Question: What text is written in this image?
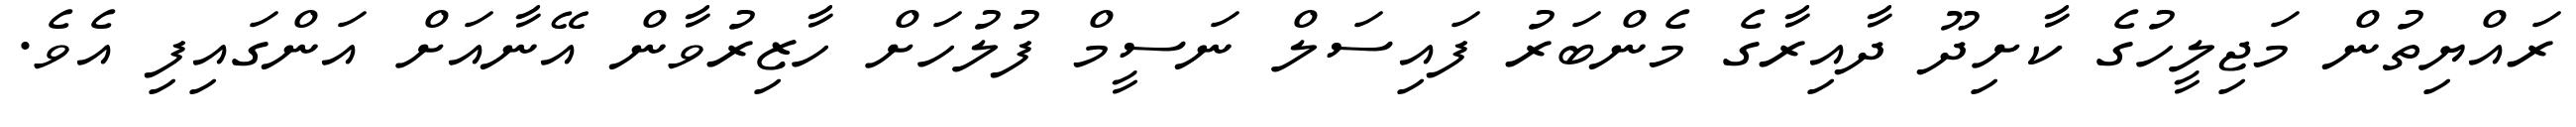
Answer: ރައްޔިތުން މަޖިލީހުގެ ކާށިދޫ ދާއިރާގެ މެންބަރު ފައިސަލް ނަސީމް ފުލުހަށް ހާޒިރުވާން އޭނާއަށް އަންގައިފި އެވެ.